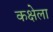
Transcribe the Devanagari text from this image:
कक्षेला